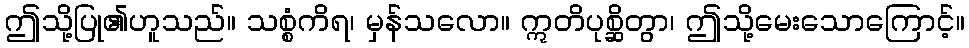
ဤသို့ပြု၏ဟူသည်။ သစ္စံကိရ၊ မှန်သလော။ ဣတိပုစ္ဆိတွာ၊ ဤသို့မေးသောကြောင့်။